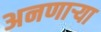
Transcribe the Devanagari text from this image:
अनणाऱ्या